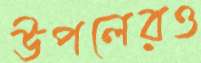
উপলেরও